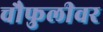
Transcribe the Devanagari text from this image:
चौफुलीवर